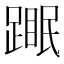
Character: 𬧆